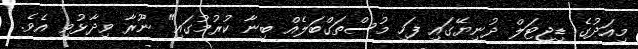
މިއަދުގެ ޑިޖިޓަލް ދުނިޔޭގައި ފަހި މުސްތަގްބަލެއް ބިނާ ކުރުމުގައި" ނޫރާ ވިދާޅުވި އެވެ.